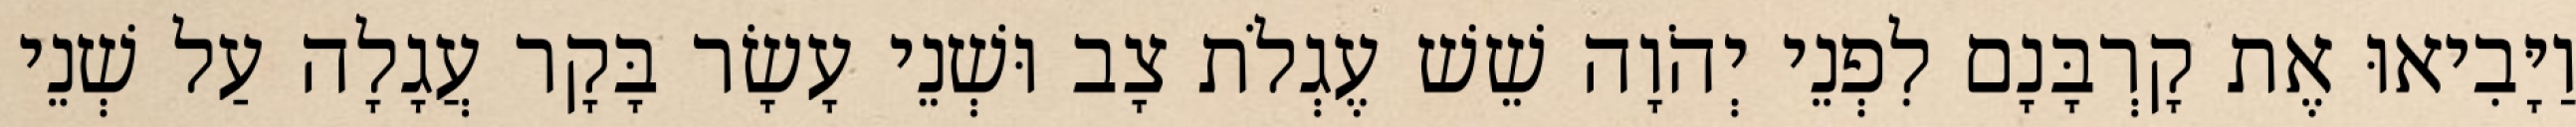
וַיָּבִיאוּ אֶת קָרְבָּנָם לִפְנֵי יְהֹוָה שֵׁשׁ עֶגְלֹת צָב וּשְׁנֵי עָשָׂר בָּקָר עֲגָלָה עַל שְׁנֵי